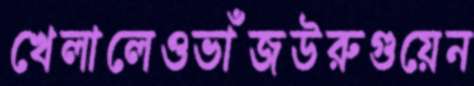
খেলালেওভাঁজউরুগুয়েন